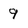
Character: 9